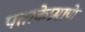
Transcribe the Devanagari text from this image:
पताकेप्रमाणे